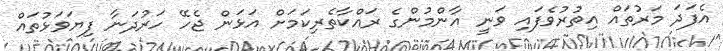
އެފަދަ މަރުތައް އިތުރުވެފައި ވަނީ އާންމުންގެ ރައްކާތެރިކަމަށް އަޅަން ޖެހޭ ހަރުދަނާ ފިޔަވަޅުތައް